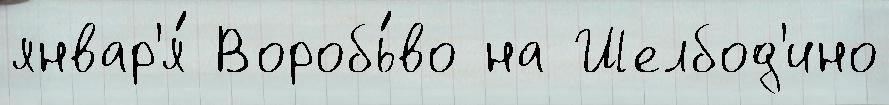
январ'я́ Воробь́во на Шелбод'ино